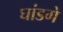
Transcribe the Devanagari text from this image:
घांडगे